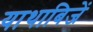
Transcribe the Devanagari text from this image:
याथाबिजें